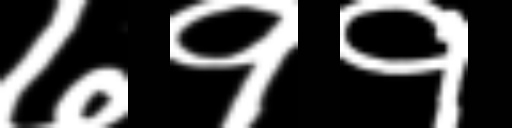
Text: ७११